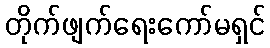
တိုက်ဖျက်ရေးကော်မရှင်